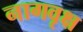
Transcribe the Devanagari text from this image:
नागवृक्ष